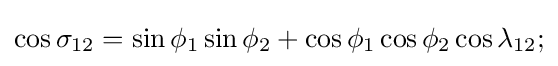
\cos \sigma _{12}=\sin \phi _{1}\sin \phi _{2}+\cos \phi _{1}\cos \phi _{2}\cos \lambda _{12};